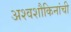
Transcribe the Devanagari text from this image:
अश्वशौकिनांची